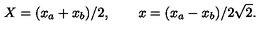
X = ( x _ { a } + x _ { b } ) / 2 , \qquad x = ( x _ { a } - x _ { b } ) / 2 \sqrt { 2 } .